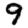
Digit: 9